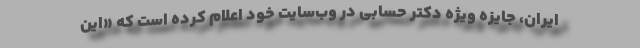
ایران، جایزه ویژه دکتر حسابی در وب‌سایت خود اعلام کرده است که «این